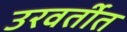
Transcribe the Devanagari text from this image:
उरवर्तीत